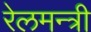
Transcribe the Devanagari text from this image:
रेलमन्त्री